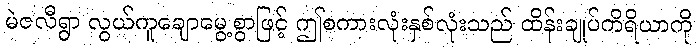
မဲဇလီရွာ လွယ်ကူချောမွေ့စွာဖြင့် ဤစကားလုံးနှစ်လုံးသည် ထိန်းချုပ်ကိရိယာကို